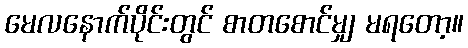
မေလနောက်ပိုင်းတွင် စာတစောင်မျှ မရတော့။